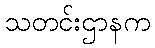
သတင်းဌာနက